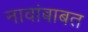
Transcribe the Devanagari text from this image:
नावांबाबत